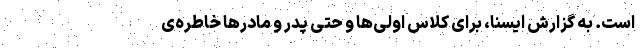
است. به گزارش ایسنا، برای کلاس اولی‌ها و حتی پدر و مادرها خاطره‌ی